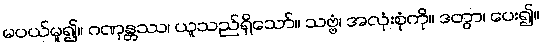
မပယ်မူ၍။ ဂဏှန္တဿ၊ ယူသည်ရှိသော်။ သဗ္ဗံ၊ အလုံးစုံကို။ ဒတွာ၊ ပေး၍။